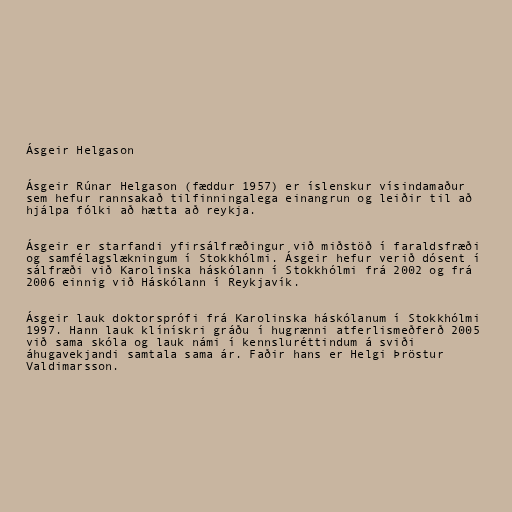
Ásgeir Helgason

Ásgeir Rúnar Helgason (fæddur 1957) er íslenskur vísindamaður
sem hefur rannsakað tilfinningalega einangrun og leiðir til að
hjálpa fólki að hætta að reykja.

Ásgeir er starfandi yfirsálfræðingur við miðstöð í faraldsfræði
og samfélagslækningum í Stokkhólmi. Ásgeir hefur verið dósent í
sálfræði við Karolinska háskólann í Stokkhólmi frá 2002 og frá
2006 einnig við Háskólann í Reykjavík.

Ásgeir lauk doktorsprófi frá Karolinska háskólanum í Stokkhólmi
1997. Hann lauk klínískri gráðu í hugrænni atferlismeðferð 2005
við sama skóla og lauk námi í kennsluréttindum á sviði
áhugavekjandi samtala sama ár. Faðir hans er Helgi Þröstur
Valdimarsson.